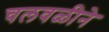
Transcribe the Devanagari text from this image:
चलवळीने